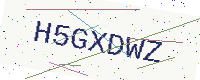
Text: H5GXDWZ